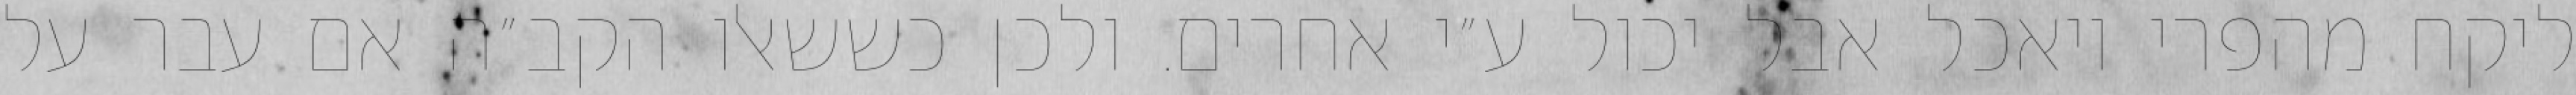
ליקח מהפרי ויאכל אבל יכול ע״י אחרים. ולכן כששאלו הקב״ה אם עבר על